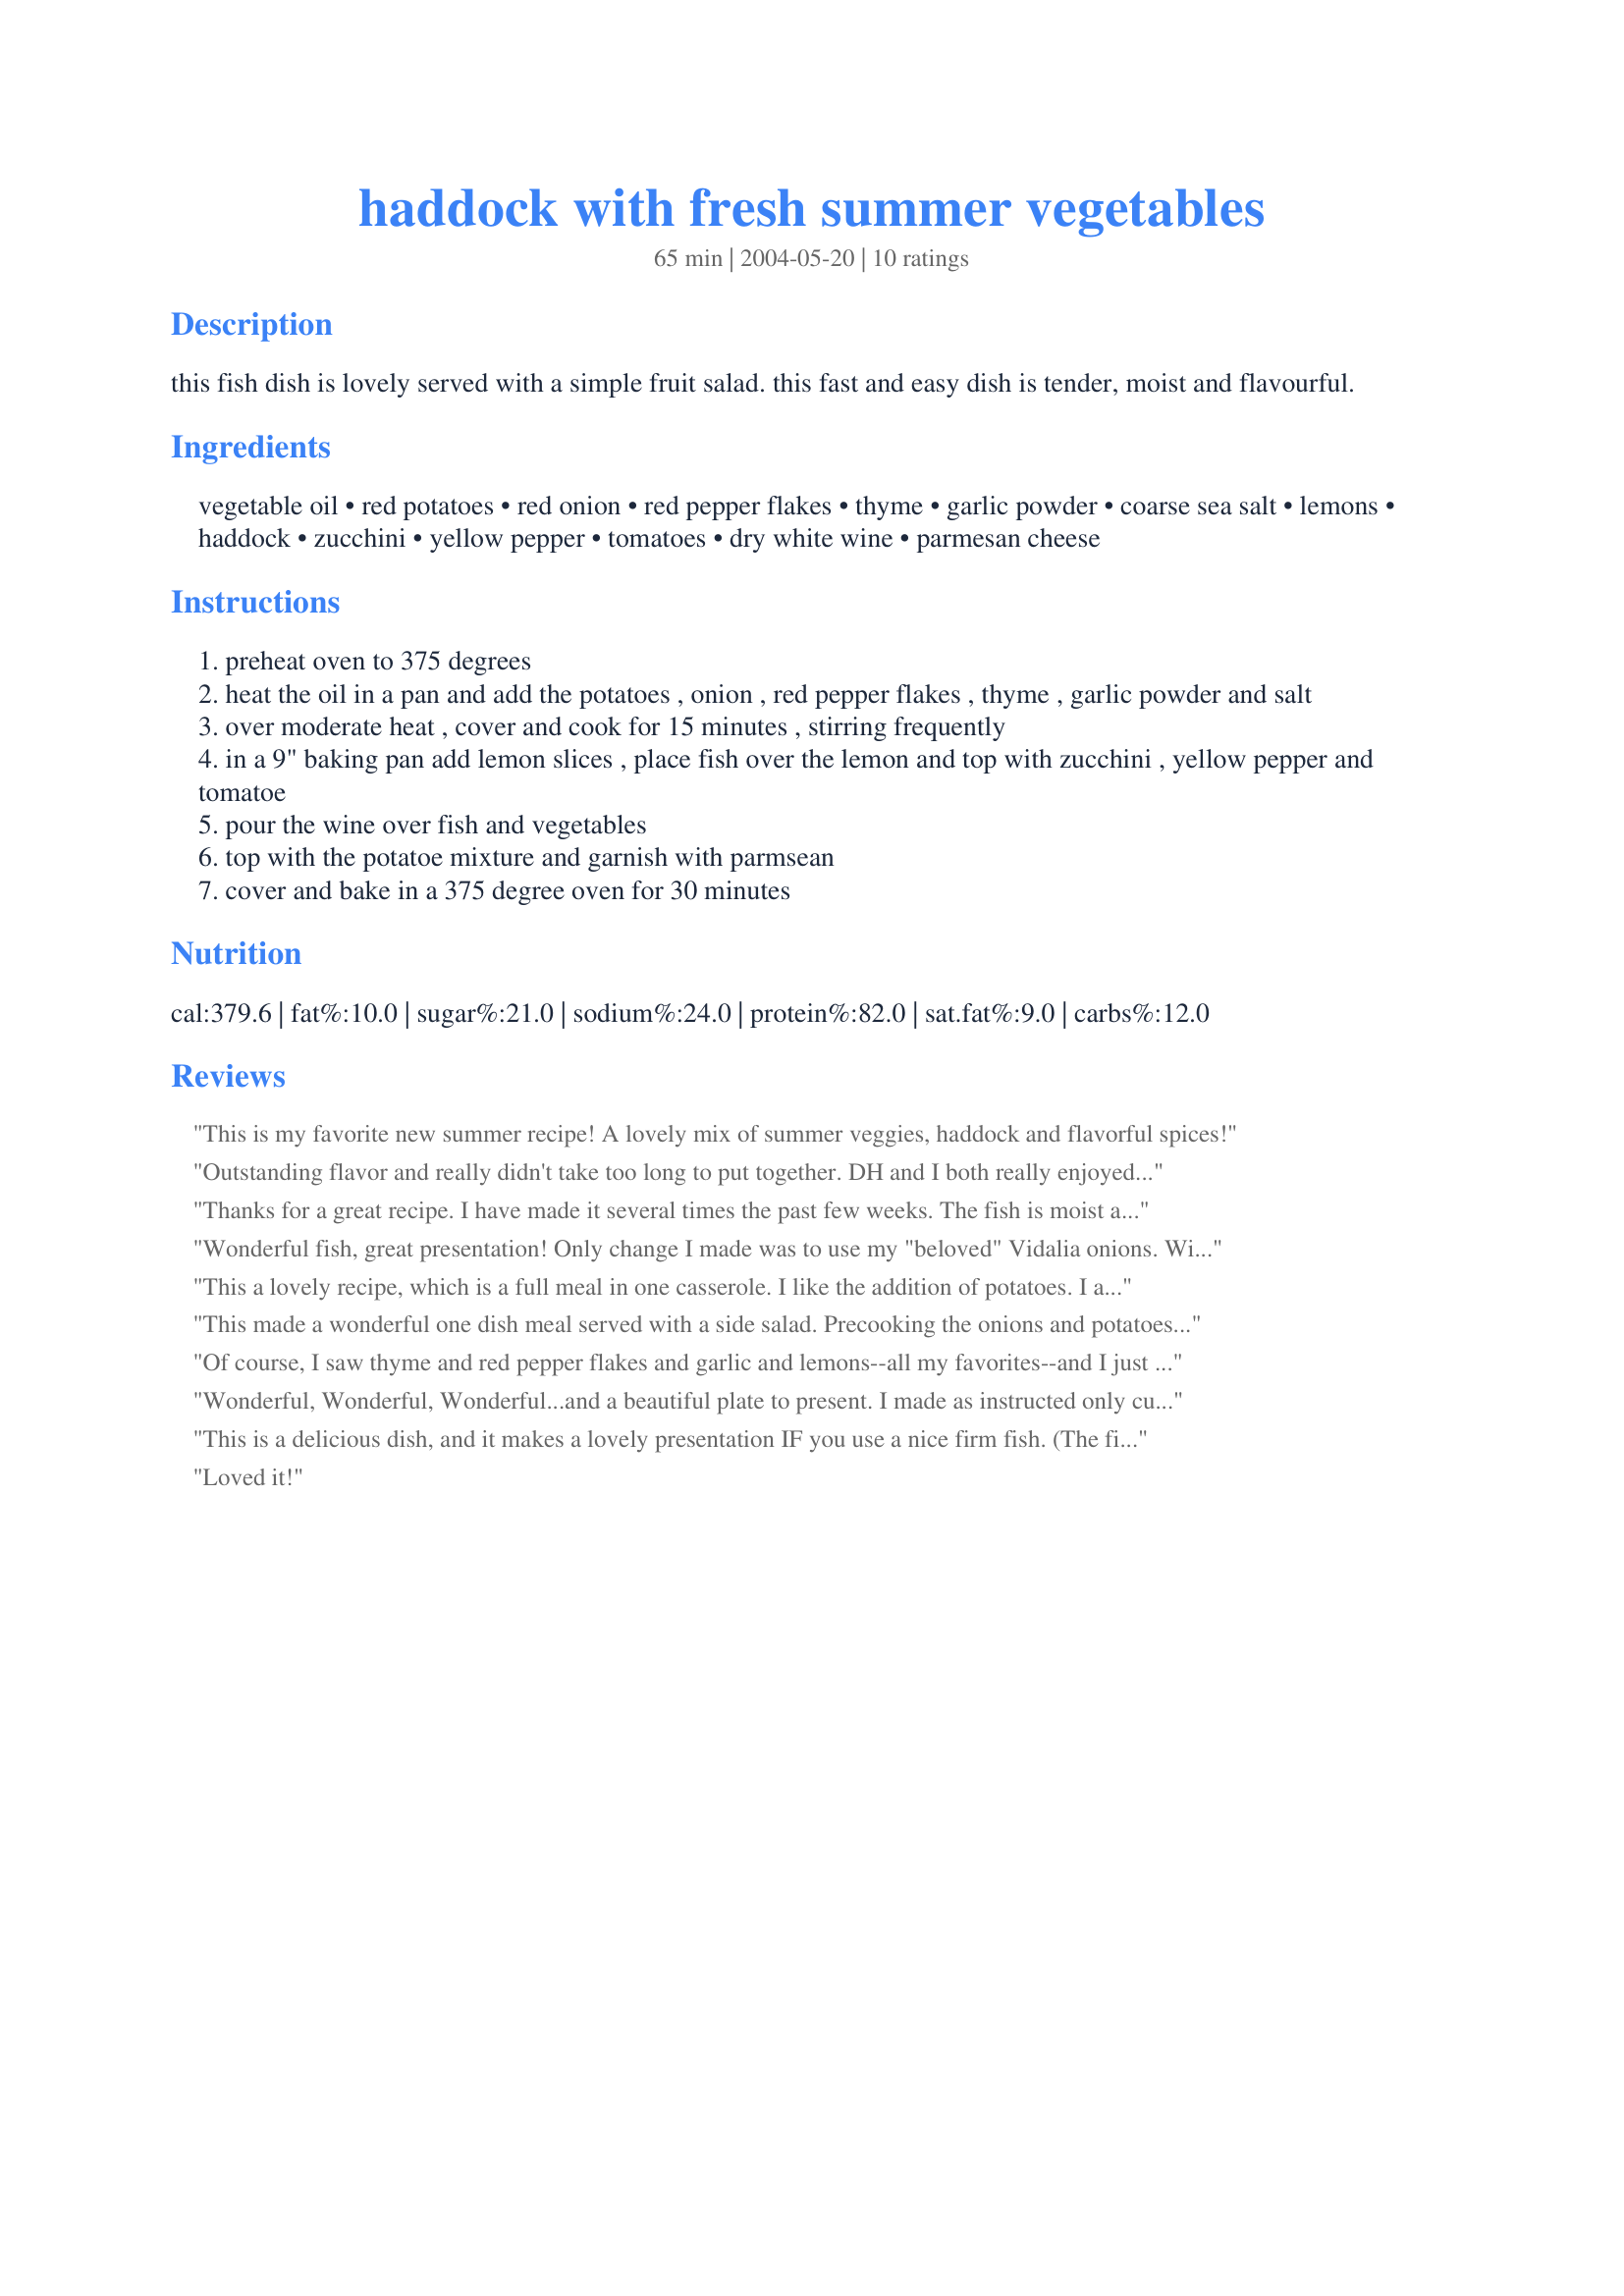
haddock with fresh summer vegetables
Preparation time: 65 minutes

this fish dish is lovely served with a simple fruit salad. this fast and easy dish is tender, moist and flavourful.

Ingredients:
vegetable oil, red potatoes, red onion, red pepper flakes, thyme, garlic powder, coarse sea salt, lemons, haddock, zucchini, yellow pepper, tomatoes, dry white wine, parmesan cheese

Steps:
preheat oven to 375 degrees
heat the oil in a pan and add the potatoes , onion , red pepper flakes , thyme , garlic powder and salt
over moderate heat , cover and cook for 15 minutes , stirring frequently
in a 9" baking pan add lemon slices , place fish over the lemon and top with zucchini , yellow pepper and tomatoe
pour the wine over fish and vegetables
top with the potatoe mixture and garnish with parmsean
cover and bake in a 375 degree oven for 30 minutes

Reviews:
This is my favorite new summer recipe! A lovely mix of summer veggies, haddock and flavorful spices!
Outstanding flavor and really didn't take too long to put together. DH and I both really enjoyed this and thought it was a great light-tasting meal. My zucchini slices were still a little hard so I may cook those with the onions and potatoes next time, but it could have been how thick I sliced them too. BK, thanks so much for a wonderful supper!
Thanks for a great recipe. I have made it several times the past few weeks. The fish is moist and tasty. This is a keeper.
Wonderful fish, great presentation! Only change I made was to use my "beloved" Vidalia onions. Will make this again when we go to the beach in July!!
This a lovely recipe, which is a full meal in one casserole. I like the addition of potatoes. I also liked that it had red pepper flakes, garlic and thyme, as a matter of fact I think it could have used more spices - next time I will add more garlic and maybe a drop or two of hot sauce. I also will add more cheese for my husband. But all in all a nice fish dish. Made for ZWT8.
This made a wonderful one dish meal served with a side salad. Precooking the onions and potatoes resulted in a delicious dish with the squash cooked until crisp tender.
Of course, I saw thyme and red pepper flakes and garlic and lemons--all my favorites--and I just knew I'd love this. I made it over the weekend with hake rather than haddock (it was what was on sale) and would recommend it for any of your standard whitefish types. It could not have been tastier or prettier.
Wonderful, Wonderful, Wonderful...and a beautiful plate to present. I made as instructed only cutting the recipe for two. Definately would make this again for company. It really helps to precook the vegies before and I sliced the squash fairly thin to make sure it got done with the rest. Made for Zaar Cookbook Tag game 2011.
This is a delicious dish, and it makes a lovely presentation IF you use a nice firm fish. (The first time I made it I used cod, which the guy at the fish counter said was "the same as haddock"--well, it was tasty all right, but it completely fell to pieces, making the presentation somewhat chaotic. Fortunately we were with dear friends!)
Loved it!
